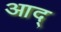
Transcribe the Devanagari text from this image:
आद्